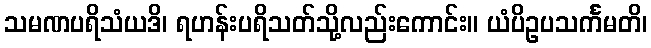
သမဏပရိသံယဒိ၊ ရဟန်းပရိသတ်သို့လည်းကောင်း။ ယံပိဥပသင်္ကမတိ၊